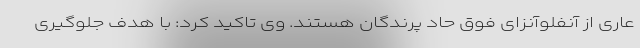
عاری از آنفلوآنزای فوق حاد پرندگان هستند. وی تاکید کرد: با هدف جلوگیری